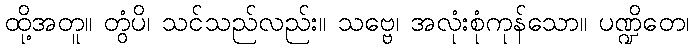
ထို့အတူ။ တွံပိ၊ သင်သည်လည်း။ သဗ္ဗေ၊ အလုံးစုံကုန်သော။ ပဏ္ဍိတေ၊